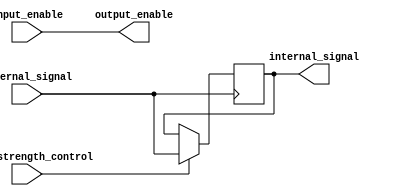
module io_block (
    input wire external_signal,
    output reg internal_signal,
    input wire drive_strength_control,
    input wire input_enable,
    output wire output_enable
);

// LVCMOS buffer logic
assign output_enable = input_enable;
always @(posedge external_signal) begin
    if (drive_strength_control)
        internal_signal <= external_signal;
end

endmodule